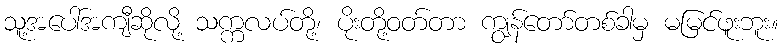
သူ့အပေါ်အကျီဆိုလို့ သက္ကလပ်တို့၊ ပိုးတို့ဝတ်တာ ကျွန်တော်တစ်ခါမှ မမြင်ဖူးဘူး။